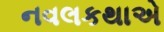
નવલકથાએ